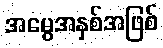
အမွေအနှစ်အဖြစ်